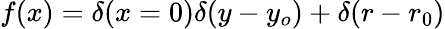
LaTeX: f(x)=\delta(x=0)\delta(y-y_{o})+\delta(r-r_{0})